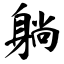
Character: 躺